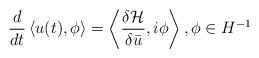
LaTeX: \begin{align*} \frac{d}{dt}\left \langle u(t), \phi \right \rangle = \left \langle \frac{\delta \mathcal{H}}{\delta \bar u}, i \phi \right \rangle, \phi \in H^{-1}\end{align*}